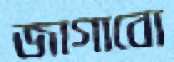
জাগাবো